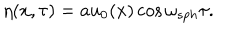
\eta ( x , \tau ) = a u _ { 0 } ( x ) \cos \omega _ { s p h } \tau .